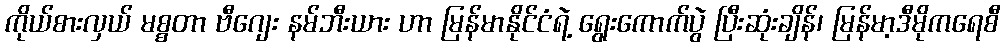
ကိုယ်စားလှယ် မစ္စတာ ဗီဂျေး နမ်ဘီးယား ဟာ မြန်မာနိုင်ငံရဲ့ ရွေးကောက်ပွဲ ပြီးဆုံးချိန်၊ မြန်မာ့ဒီမိုကရေစီ